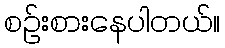
စဉ်းစားနေပါတယ်။